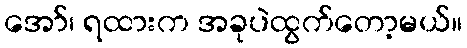
အော်၊ ရထားက အခုပဲထွက်တော့မယ်။